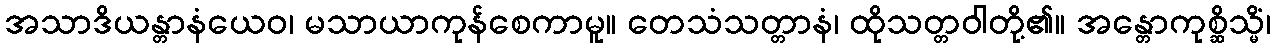
အသာဒိယန္တာနံယေဝ၊ မသာယာကုန်စေကာမူ။ တေသံသတ္တာနံ၊ ထိုသတ္တဝါတို့၏။ အန္တောကုစ္ဆိသ္မိံ၊